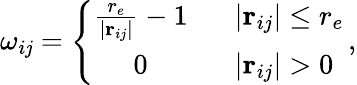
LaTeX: \omega_{i\mathit{j}}=\left\{ \begin{array}{cl}{\frac{r_{e}}{\vert\mathbf{r}_{ij}\vert}-1}&{\: \: \: \vert\mathbf{r}_{ij}\vert\leq r_{e}}\\ {0}&{\: \: \: \vert\mathbf{r}_{ij}\vert>0}\end{array}\right.\, ,